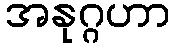
အနုဂ္ဂဟာ